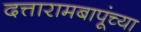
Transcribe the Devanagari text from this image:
दत्तारामबापूंच्या